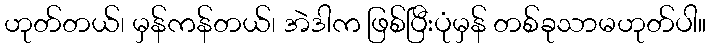
ဟုတ်တယ်၊ မှန်ကန်တယ်၊ အဲဒါက ဖြစ်ပြီးပုံမှန် တစ်ခုသာမဟုတ်ပါ။